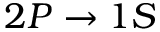
2 P \rightarrow 1 S